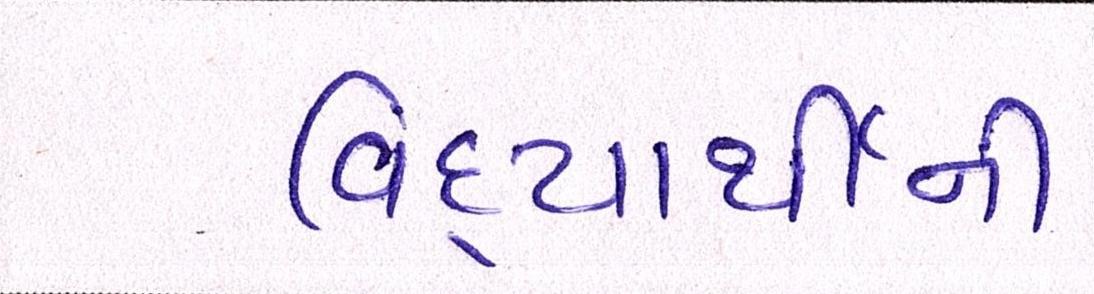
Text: વિદ્યાર્થીની